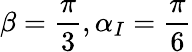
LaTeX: \beta=\frac{\pi}{3},\alpha_{I}=\frac{\pi}{6}